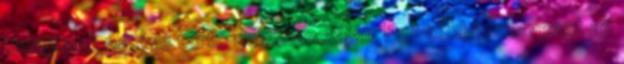
Uniójának 25 éve tartó dominanciáját. Ez utóbbi szervezet az